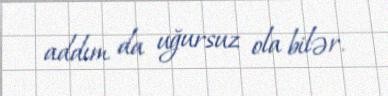
addım da uğursuz ola bilər.